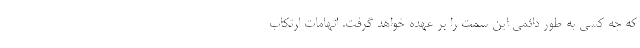
که چه کسی به طور دائمی این سمت را بر عهده خواهد گرفت. اتهامات ارتکاب